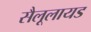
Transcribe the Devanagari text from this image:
सैलूलायड